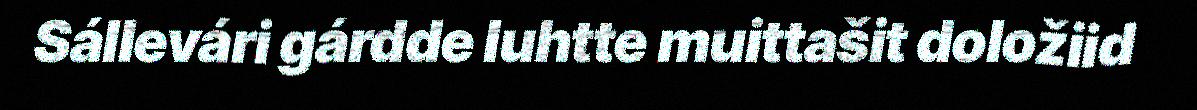
Sállevári gárdde luhtte muittašit doložiid